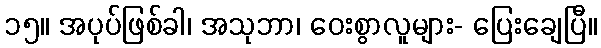
၁၅။ အပုပ်ဖြစ်ခါ၊ အသုဘာ၊ ဝေးစွာလူများ- ပြေးချေပြီ။